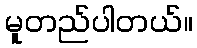
မူတည်ပါတယ်။